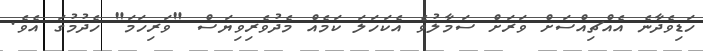
ހަޑިވެދާނެ އެއްޗިއްސަށް ވަރަށް ސަމާލުވެ އެކަހަލަ ކަމެއް މެދުވެރިވިޔަސް "ވަރިހަމަ" ހެދުމުގަ އެވެ.